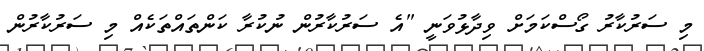
މި ސަރުކާރު ގޯސްކަމަށް ވިދާޅުވަނީ "އެ ސަރުކާރުން ނުކުރާ ކަންތައްތަކެއް މި ސަރުކާރުން